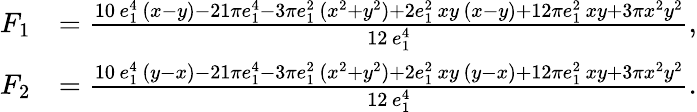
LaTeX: \begin{array}{rl}{F_{1}}&{=\frac{10\, e_{1}^{4}\, (x-y)-21\pi e_{1}^{4}-3\pi e_{1}^{2}\, (x^{2}+y^{2})+2e_{1}^{2}\, xy\, (x-y)+12\pi e_{1}^{2}\, xy+3\pi x^{2}y^{2}}{12\, e_{1}^{4}},}\\ {F_{2}}&{=\frac{10\, e_{1}^{4}\, (y-x)-21\pi e_{1}^{4}-3\pi e_{1}^{2}\, (x^{2}+y^{2})+2e_{1}^{2}\, xy\, (y-x)+12\pi e_{1}^{2}\, xy+3\pi x^{2}y^{2}}{12\, e_{1}^{4}}.}\end{array}